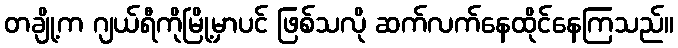
တချို့က ဂျယ်ရီကိုမြို့မှာပင် ဖြစ်သလို ဆက်လက်နေထိုင်နေကြသည်။